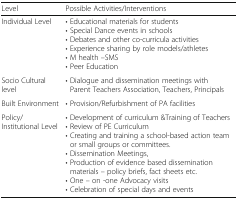
<table><thead><tr><td><b>Level</b></td><td><b>Possible Activities/Interventions</b></td></tr></thead><tbody><tr><td>Individual Level</td><td>• Educational materials for students• Special Dance events in schools• Debates and other co-curricula activities• Experience sharing by role models/athletes• M health –SMS• Peer Education</td></tr><tr><td>Socio Cultural level</td><td>• Dialogue and dissemination meetings with Parent Teachers Association, Teachers, Principals</td></tr><tr><td>Built Environment</td><td>• Provision/Refurbishment of PA facilities</td></tr><tr><td>Policy/Institutional Level</td><td>• Development of curriculum &amp;Training of Teachers• Review of PE Curriculum• Creating and training a school-based action team or small groups or committees.• Dissemination Meetings,• Production of evidence based dissemination materials – policy briefs, fact sheets etc.• One – on -one Advocacy visits• Celebration of special days and events</td></tr></tbody></table>